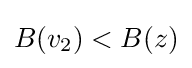
B({{v}_{2}})<B(z)